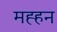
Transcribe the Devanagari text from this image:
मह्हन